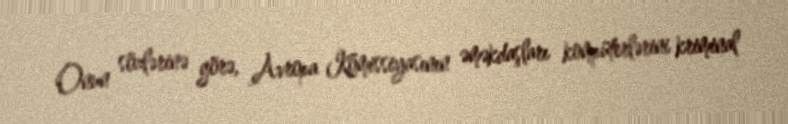
Onun sözlərinə görə, Avropa Komissiyasının əməkdaşları kompüterlərini kriminal